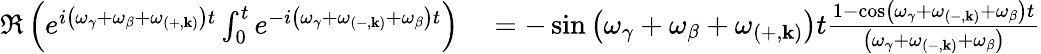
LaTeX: \begin{array}{rl}{\Re\left(e^{i\left(\omega_{\gamma}+\omega_{\beta}+\omega_{\left(+,\mathbf{k}\right)}\right)t}\int_{0}^{t}e^{-i\left(\omega_{\gamma}+\omega_{\left(-,\mathbf{k}\right)}+\omega_{\beta}\right)t}\right)}&{{}=-\sin\left(\omega_{\gamma}+\omega_{\beta}+\omega_{\left(+,\mathbf{k}\right)}\right)t\frac{1-\cos\left(\omega_{\gamma}+\omega_{\left(-,\mathbf{k}\right)}+\omega_{\beta}\right)t}{\left(\omega_{\gamma}+\omega_{\left(-,\mathbf{k}\right)}+\omega_{\beta}\right)}}\end{array}